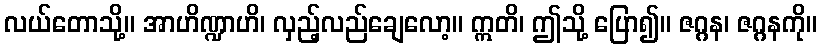
လယ်တောသို့။ အာဟိဏ္ဍာဟိ၊ လှည့်လည်ချေလော့။ ဣတိ၊ ဤသို့ ပြော၍။ ဇဂ္ဂန၊ ဇဂ္ဂနကို။